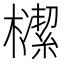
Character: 𣝠